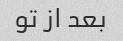
بعد از تو